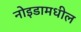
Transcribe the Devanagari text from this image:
नोइडामधील